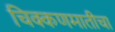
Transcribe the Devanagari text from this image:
चिक्कणमातीचा